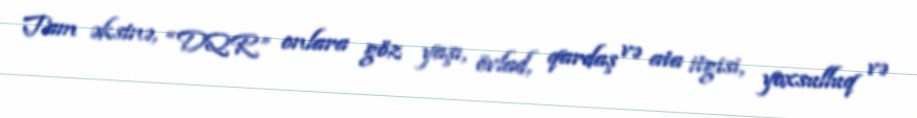
Tam əksinə, “DQR” onlara göz yaşı, övlad, qardaş və ata itgisi, yoxsulluq və